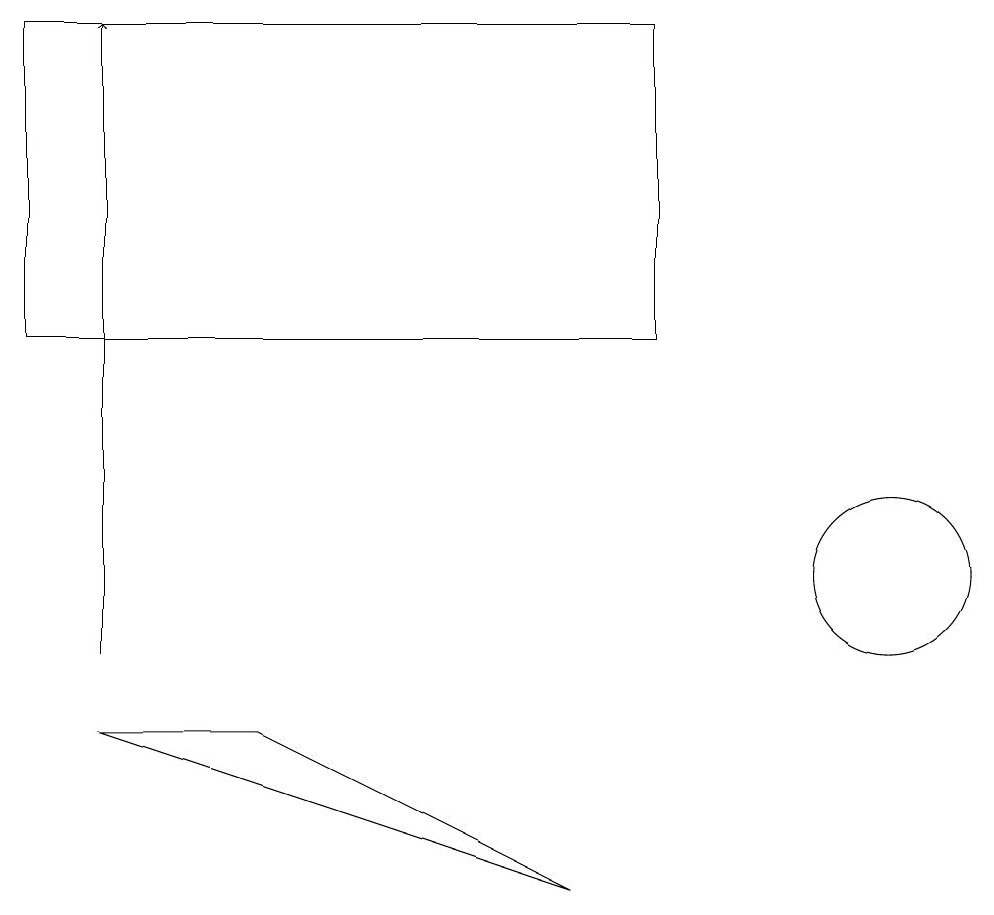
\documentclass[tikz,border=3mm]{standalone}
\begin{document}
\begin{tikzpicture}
\draw (11,11) circle (1);
\draw (3,9) -- (7,7) -- (1,9) -- cycle;
\draw (0,14) rectangle (8,18);
\draw[->] (1,10) -- (1,18);
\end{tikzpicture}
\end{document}